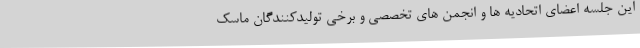
این جلسه اعضای اتحادیه ها و انجمن های تخصصی و برخی تولیدکنندگان ماسک